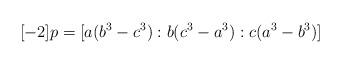
LaTeX: \begin{align*}[-2]p = [a(b^3-c^3):b(c^3-a^3):c(a^3-b^3)] \end{align*}